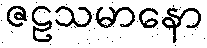
ဇဠသမာနော